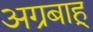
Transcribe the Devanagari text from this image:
अग्रबाहू